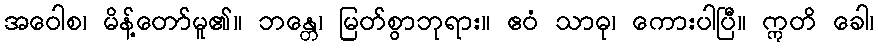
အဝေါစ၊ မိန့်တော်မူ၏။ ဘန္တေ၊ မြတ်စွာဘုရား။ ဧဝံ သာဓု၊ ကေားပါပြီ။ ဣတိ ခေါ၊